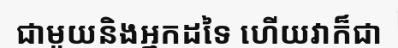
ជាមួយនិងអ្នកដទៃ ហើយវាក៏ជា